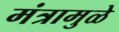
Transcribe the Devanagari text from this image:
मंत्रामुळे